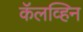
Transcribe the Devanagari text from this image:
कॅलव्हिन